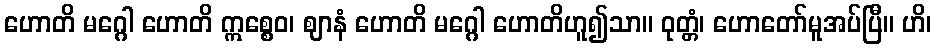
ဟောတိ မဂ္ဂေါ ဟောတိ ဣစ္စေဝ၊ ဈာနံ ဟောတိ မဂ္ဂေါ ဟောတိဟူ၍သာ။ ဝုတ္တံ၊ ဟောတော်မူအပ်ပြီ။ ဟိ၊